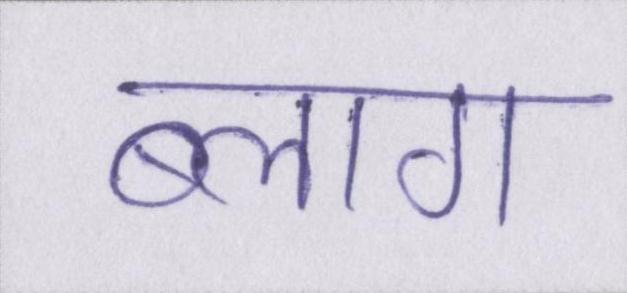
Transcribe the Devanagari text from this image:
ब्लाग